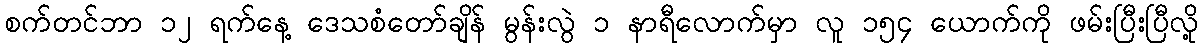
စက်တင်ဘာ ၁၂ ရက်နေ့ ဒေသစံတော်ချိန် မွန်းလွဲ ၁ နာရီလောက်မှာ လူ ၁၅၄ ယောက်ကို ဖမ်းပြီးပြီလို့